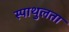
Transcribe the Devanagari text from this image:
स्पाथुलता